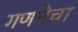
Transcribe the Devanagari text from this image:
गणनेचा